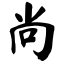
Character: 尚